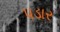
પડાર